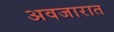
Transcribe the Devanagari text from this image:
अवजारात